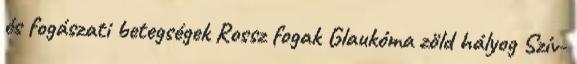
és fogászati betegségek Rossz fogak Glaukóma zöld hályog Szív-